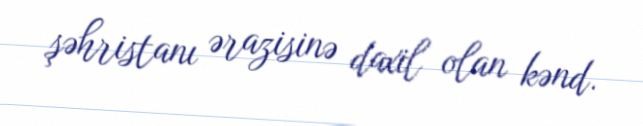
şəhristanı ərazisinə daxil olan kənd.